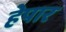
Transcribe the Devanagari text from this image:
हेपार